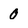
Character: 0